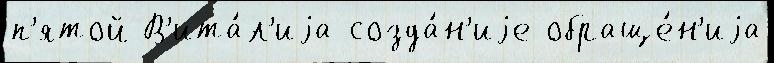
п'ятой В'ита́л'иjа созда́н'иjе обраще́н'иjа